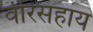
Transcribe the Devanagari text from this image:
वीरसहाय